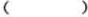
（）